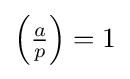
\left({\tfrac {a}{p}}\right)=1